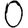
Digit: 0